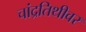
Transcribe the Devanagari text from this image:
चांद्रतिथीवर